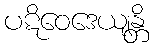
ပဋိဝေဒေယျန္တိ